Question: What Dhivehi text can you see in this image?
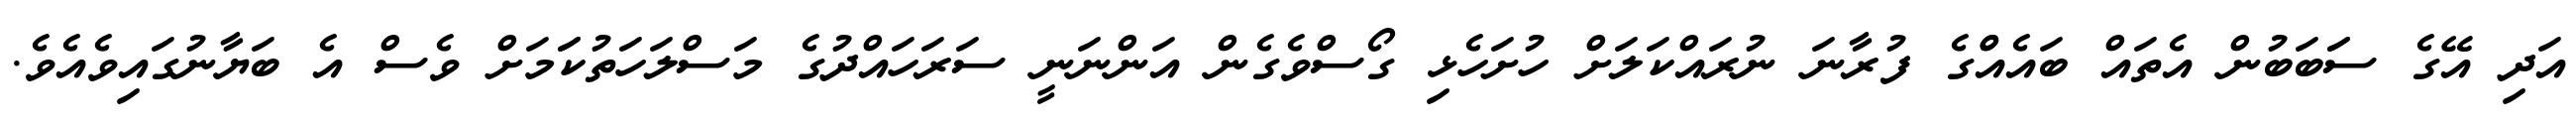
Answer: އަދި އޭގެ ސަަބަބުން އެތައް ބައެއްްގެ ފުރާނަ ނުރައްކަލަށް ހުށަހެޅި ގޯސްވެގެން އަންނަނީ ސަރަހައްދުގެ މަސްލަހަތުކަަމަށް ވެސް އެ ބަޔާނުގައިވެއެވެ.